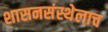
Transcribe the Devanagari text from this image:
शासनसंस्थेलाच